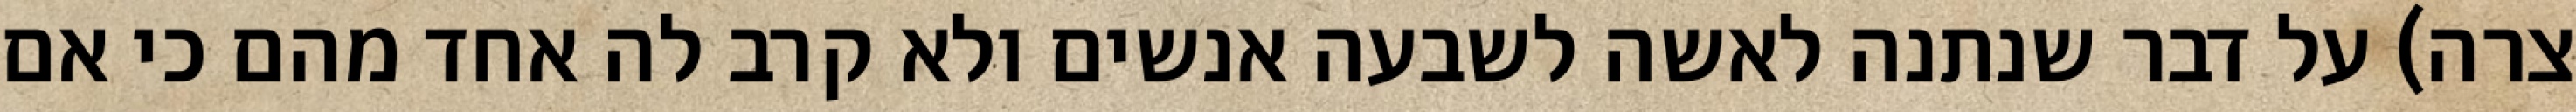
צרה) על דבר שנתנה לאשה לשבעה אנשים ולא קרב לה אחד מהם כי אם